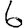
Digit: 6